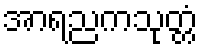
အာရညကသုတ္တံ